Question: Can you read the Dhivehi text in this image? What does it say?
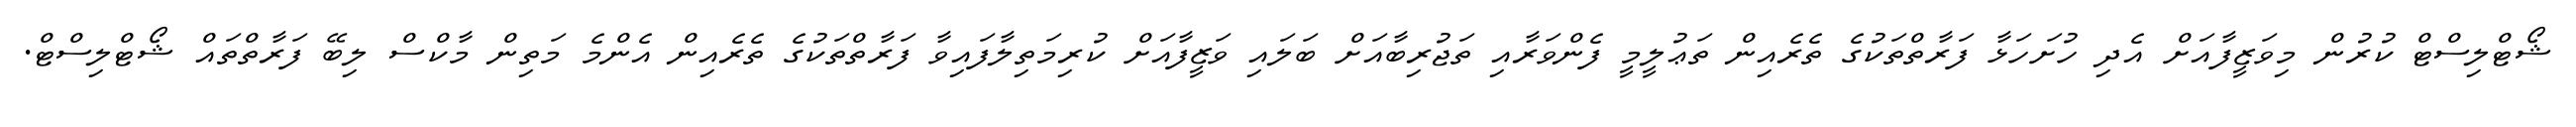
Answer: ޝޯޓްލިސްޓް ކުރުން މިވަޒީފާއަށް އެދި ހުށަހަޅާ ފަރާތްތަކުގެ ތެރެއިން ތަޢުލީމީ ފެންވަރާއި ތަޖުރިބާއަށް ބަލައި ވަޒީފާއަށް ކުރިމަތިލާފައިވާ ފަރާތްތަކުގެ ތެރެއިން އެންމެ މަތިން މާކްސް ލިބޭ ފަރާތްތައް ޝޯޓްލިސްޓް.